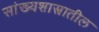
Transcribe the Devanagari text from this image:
सांख्यशास्त्रातील